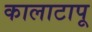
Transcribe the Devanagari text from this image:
कालाटापू